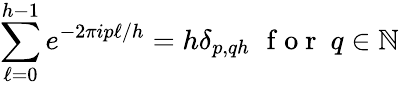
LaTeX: \sum_{\ell=0}^{h-1}e^{-2\pi ip\ell/h}=h\delta_{p,qh}\, \, \mathrm{~f~o~r~}~q\in\mathbb{N}